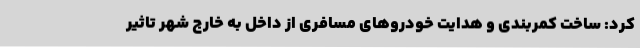
کرد: ساخت کمربندی و هدایت خودروهای مسافری از داخل به خارج شهر تاثیر